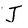
Character: J